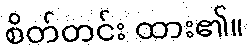
စိတ်တင်း ထား၏။